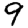
Digit: 9